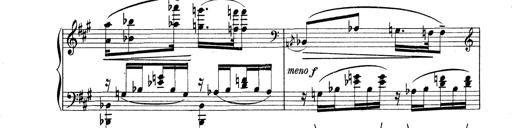
Title: Rapsodie: 19 ungheresi, 1 spagnuola
Composer: Franz Liszt